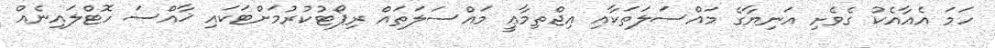
ހަމަ އެއާއެކު ގެވެށި އަނިޔާގެ މައްސަލަތަކާއި އިޖްތިމާޢީ މައްސަލަތައް ރިޕޯޓުކުރުމަށްޓަކައި ޚާއްސަ ހޮޓްލައިނެއް